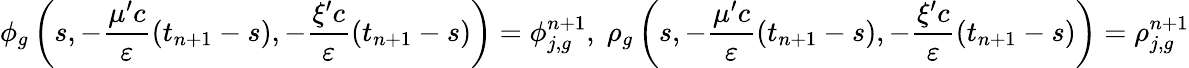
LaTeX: \phi_{g}\left(s,-\frac{\mu^{\prime}c}{\varepsilon}\left(t_{n+1}-s\right),-\frac{\xi^{\prime}c}{\varepsilon}\left(t_{n+1}-s\right)\right)=\phi_{j,g}^{n+1},\; \rho_{g}\left(s,-\frac{\mu^{\prime}c}{\varepsilon}\left(t_{n+1}-s\right),-\frac{\xi^{\prime}c}{\varepsilon}\left(t_{n+1}-s\right)\right)=\rho_{j,g}^{n+1}